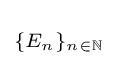
\scriptstyle \{E_{n}\}_{n\in \mathbb {N} }